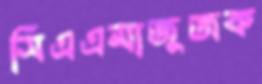
সিএএমাজুজক